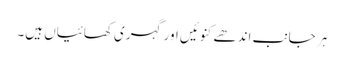
ہر جانب اندھے کنوئیں اور گہری کھائیاں ہیں۔